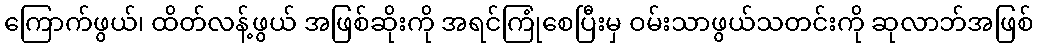
ကြောက်ဖွယ်၊ ထိတ်လန့်ဖွယ် အဖြစ်ဆိုးကို အရင်ကြုံစေပြီးမှ ဝမ်းသာဖွယ်သတင်းကို ဆုလာဘ်အဖြစ်